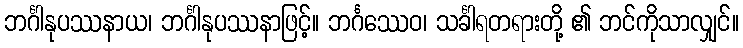
ဘင်္ဂါနုပဿနာယ၊ ဘင်္ဂါနုပဿနာဖြင့်။ ဘင်္ဂဿေဝ၊ သင်္ခါရတရားတို့ ၏ ဘင်ကိုသာလျှင်။